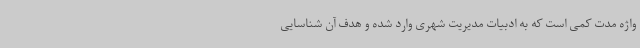
واژه مدت کمی است که به ادبیات مدیریت شهری وارد شده و هدف آن شناسایی